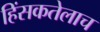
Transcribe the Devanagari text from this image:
हिंसकतेलाच